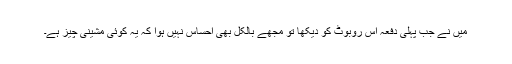
میں نے جب پہلی دفعہ اس روبوٹ کو دیکھا تو مجھے بالکل بھی احساس نہیں ہوا کہ یہ کوئی مشینی چیز ہے۔